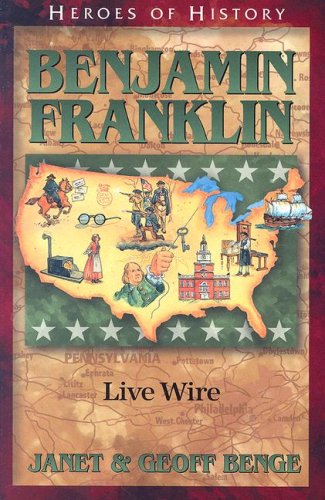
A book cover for Benjamin Franklin: Live Wire (Heroes of History); Geoff Benge; Children's Books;